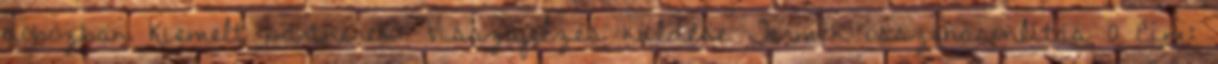
dobozban Kiemelt partnerek: Visszajelzés küldése Termék összehasonlítás 0 Cím: